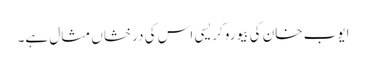
ایوب خان کی بیوروکریسی اس کی درخشاں مثال ہے۔